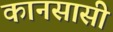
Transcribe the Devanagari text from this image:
कानसासी